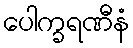
ပေါက္ခရဏီနံ